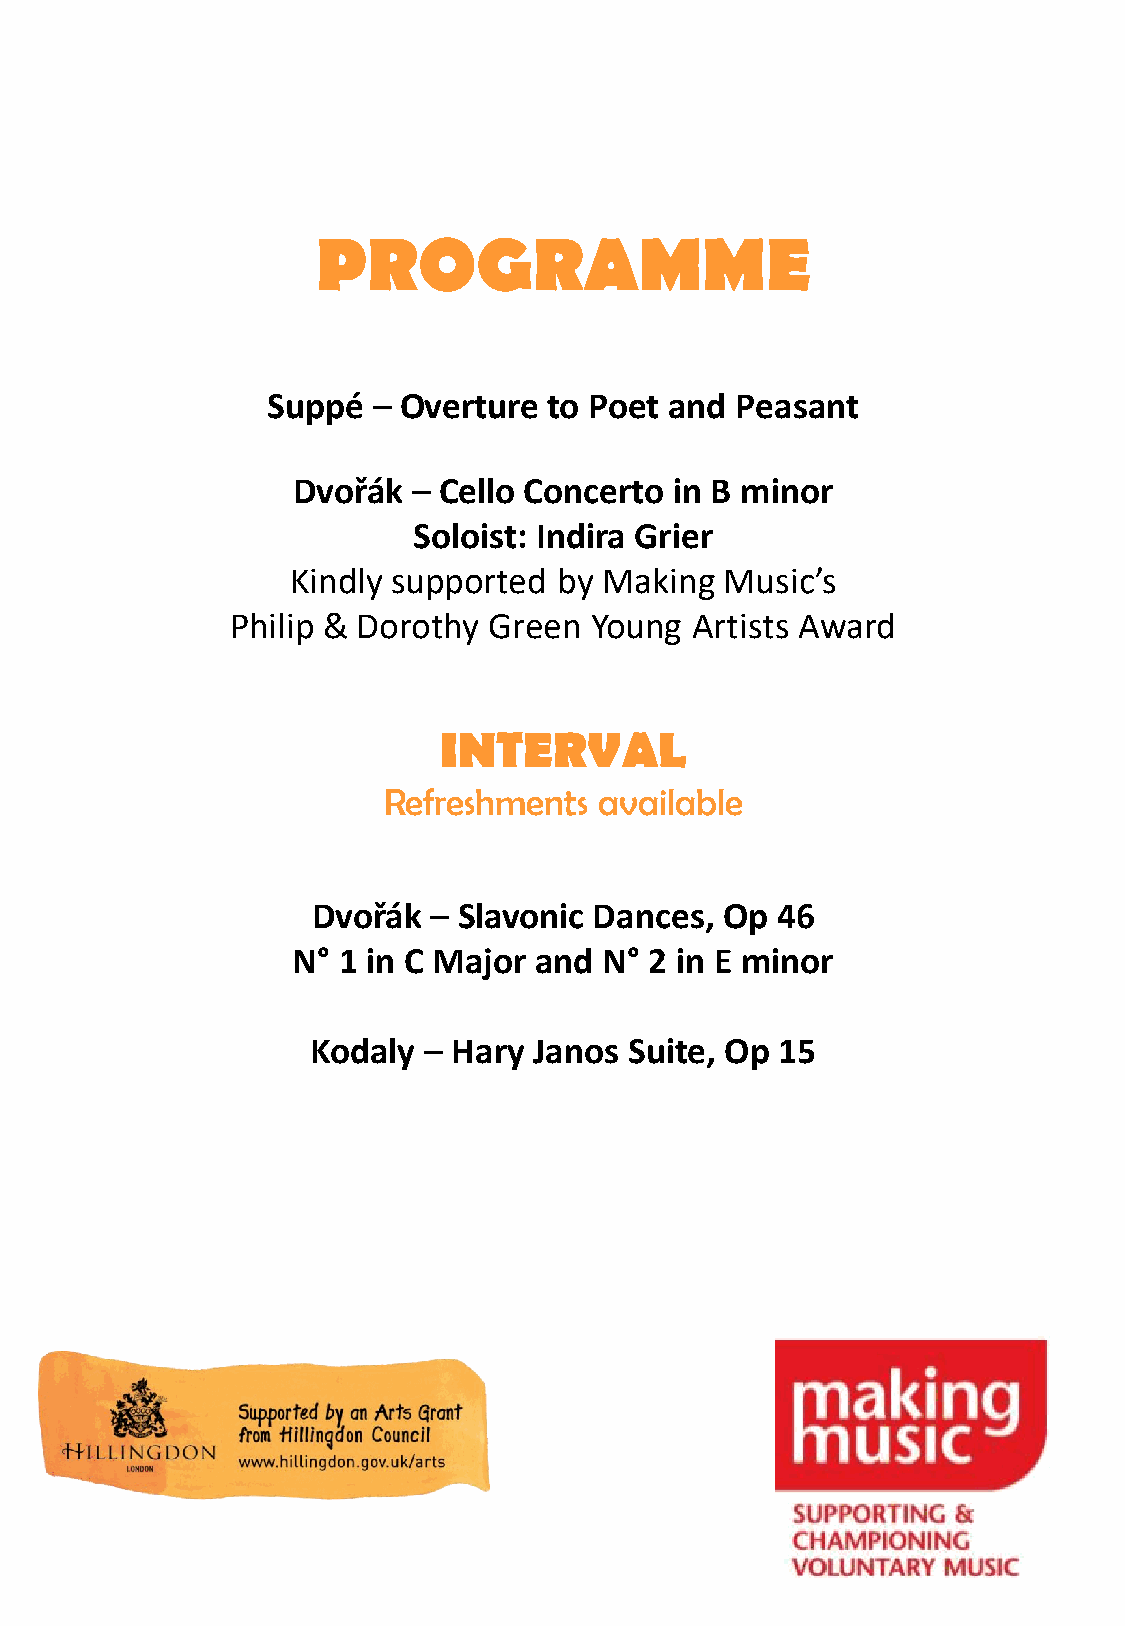
PROGRAMME
 Suppé  – Overture to Poet and  Peasant
 Dvořák  – Cello Concerto  in B minor
 Soloist: Indira Grier
 Kindly supported  by Making  Music’s
 Philip & Dorothy Green  Young  Artists Award
 INTERVAL
 Refreshments   available
 Dvořák  – Slavonic Dances, Op 46
 N° 1 in C Major and  N° 2 in E minor
 Kodaly – Hary Janos  Suite, Op 15